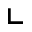
\llcorner